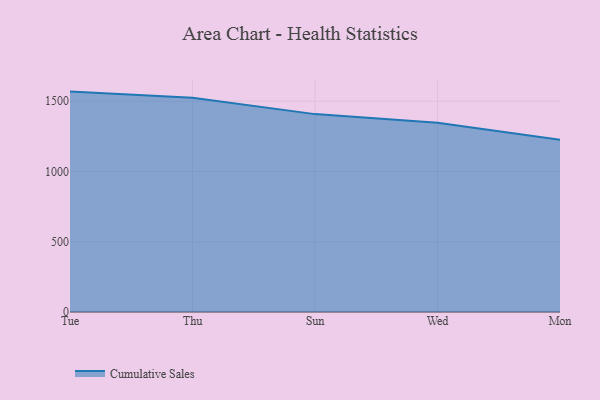
{"axis": {"x": "Day", "y": "Bounce Rate (%)"}, "legend": ["Cumulative Sales"], "data": [{"x": "Tue", "y": 1568.6, "type": "Cumulative Sales"}, {"x": "Thu", "y": 1525.1, "type": "Cumulative Sales"}, {"x": "Sun", "y": 1408.3, "type": "Cumulative Sales"}, {"x": "Wed", "y": 1346.1, "type": "Cumulative Sales"}, {"x": "Mon", "y": 1226.4, "type": "Cumulative Sales"}]}